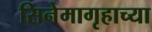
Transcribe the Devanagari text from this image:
सिनेमागृहाच्या